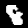
Digit: 8